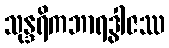
သုန္ဒရိကဘာရဒွါဇဿ